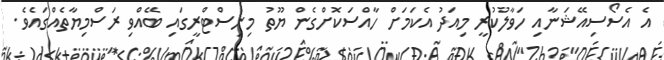
އެ އެސޯސިއޭޝަނާއި ހަވާލުކުރީ މިއަދު އެކަމަށް ހާއްސަކޮށްގެން ޔޫތު މިނިސްޓްރީގައި ބޭއްވި ރަސްމިޔާތެއްގައެވެ.